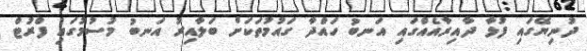
ދުނިޔޭގައި ފުޅާ ދާއިރާއެއްގައި އަނބު ހައްދާ ގައުމުތަކަށް ބަލާއިރު އަނބު މުސުމުގައި ފްރުޓް